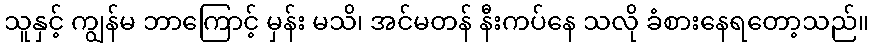
သူနှင့် ကျွန်မ ဘာကြောင့် မှန်း မသိ၊ အင်မတန် နီးကပ်နေ သလို ခံစားနေရတော့သည်။